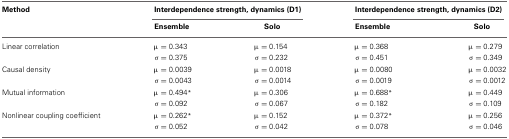
<table><thead><tr><td><b>Method</b></td><td colspan="2"><b>Interdependence strength, dynamics (D1)</b></td><td colspan="2"><b>Interdependence strength, dynamics (D2)</b></td></tr><tr><td></td><td><b>Ensemble</b></td><td><b>Solo</b></td><td><b>Ensemble</b></td><td><b>Solo</b></td></tr></thead><tbody><tr><td>Linear correlation</td><td>μ = 0.343</td><td>μ = 0.154</td><td>μ = 0.368</td><td>μ = 0.279</td></tr><tr><td></td><td>σ = 0.375</td><td>σ = 0.232</td><td>σ = 0.451</td><td>σ = 0.349</td></tr><tr><td>Causal density</td><td>μ = 0.0039</td><td>μ = 0.0018</td><td>μ = 0.0080</td><td>μ = 0.0032</td></tr><tr><td></td><td>σ = 0.0043</td><td>σ = 0.0014</td><td>σ = 0.0019</td><td>σ = 0.0012</td></tr><tr><td>Mutual information</td><td>μ = 0.494*</td><td>μ = 0.306</td><td>μ = 0.688*</td><td>μ = 0.449</td></tr><tr><td></td><td>σ = 0.092</td><td>σ = 0.067</td><td>σ = 0.182</td><td>σ = 0.109</td></tr><tr><td>Nonlinear coupling coefficient</td><td>μ = 0.262*</td><td>μ = 0.152</td><td>μ = 0.372*</td><td>μ = 0.256</td></tr><tr><td></td><td>σ = 0.052</td><td>σ = 0.042</td><td>σ = 0.078</td><td>σ = 0.046</td></tr></tbody></table>